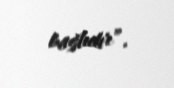
bağlıdır”.